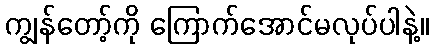
ကျွန်တော့်ကို ကြောက်အောင်မလုပ်ပါနဲ့။